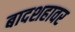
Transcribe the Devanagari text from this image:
बादशहावर